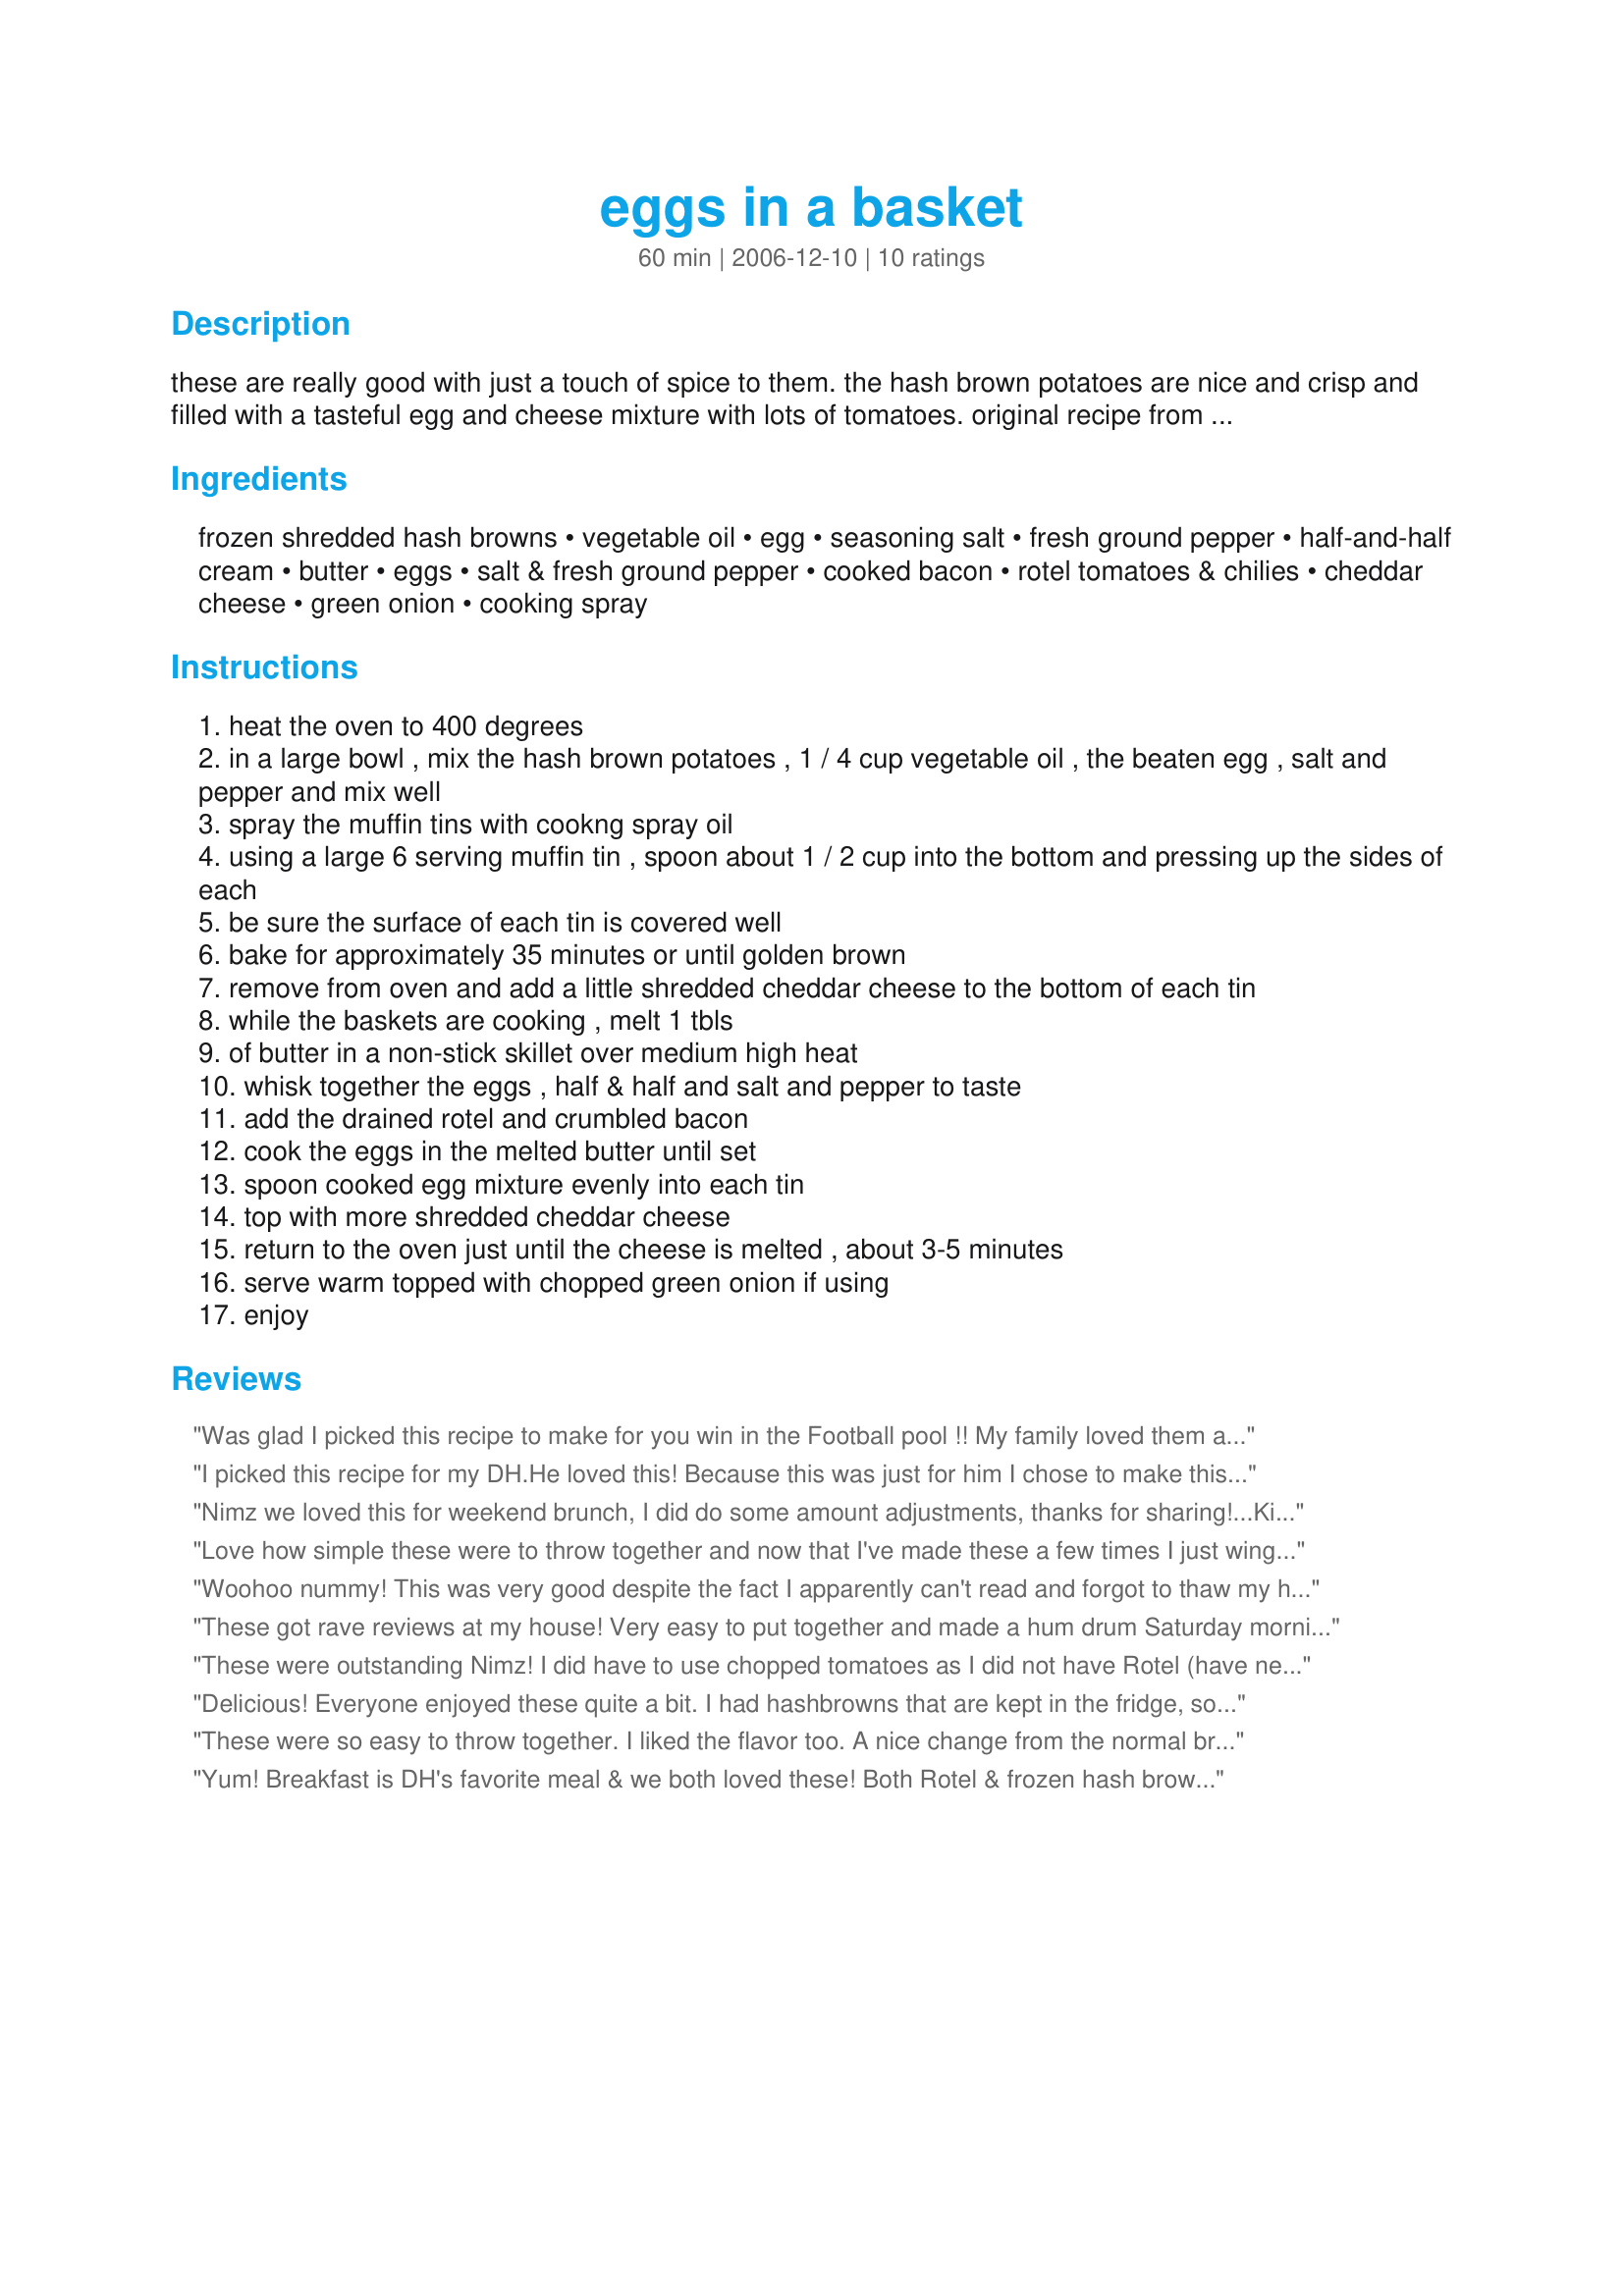
eggs in a basket
Preparation time: 60 minutes

these are really good with just a touch of spice to them. the hash brown potatoes are nice and crisp and filled with a tasteful egg and cheese mixture with lots of tomatoes. original recipe from my southern cooking book and altered to suit our taste.

Ingredients:
frozen shredded hash browns, vegetable oil, egg, seasoning salt, fresh ground pepper, half-and-half cream, butter, eggs, salt & fresh ground pepper, cooked bacon, rotel tomatoes & chilies, cheddar cheese, green onion, cooking spray

Steps:
heat the oven to 400 degrees
in a large bowl , mix the hash brown potatoes , 1 / 4 cup vegetable oil , the beaten egg , salt and pepper and mix well
spray the muffin tins with cookng spray oil
using a large 6 serving muffin tin , spoon about 1 / 2 cup into the bottom and pressing up the sides of each
be sure the surface of each tin is covered well
bake for approximately 35 minutes or until golden brown
remove from oven and add a little shredded cheddar cheese to the bottom of each tin
while the baskets are cooking , melt 1 tbls
of butter in a non-stick skillet over medium high heat
whisk together the eggs , half & half and salt and pepper to taste
add the drained rotel and crumbled bacon
cook the eggs in the melted butter until set
spoon cooked egg mixture evenly into each tin
top with more shredded cheddar cheese
return to the oven just until the cheese is melted , about 3-5 minutes
serve warm topped with chopped green onion if using
enjoy

Reviews:
Was glad I picked this recipe to make for you win in the Football pool !! My family loved them and would like me to make them Christmas morning. Eas much easier then it actually sounds as far as putting them together. I did not use green onions as I forgot to get them at the market. Congrats on your win and Thank you for sharing a recipe that made my family smile.
I picked this recipe for my DH.<br/><br/>He loved this! Because this was just for him I chose to make this dish in a small glass pyrex dish, which came out fantastic.<br/><br/>What I like about this recipe is the next time I can twist this around with useing what we have in the house.<br/><br/>He gave this recipe 7 Stars
Nimz we loved this for weekend brunch, I did do some amount adjustments, thanks for sharing!...Kitten
Love how simple these were to throw together and now that I've made these a few times I just wing it, add a little of this a little of that.That's what I love about trying new recipes, putting your own twist to them is most of the fun.
Woohoo nummy! This was very good despite the fact I apparently can't read and forgot to thaw my hashbrowns before attempting to assemble this. So I ended up cooking the hashbrowns in a little oil (mashing them down so they'd get nice and crispy) and scrambling the eggs separately, but everything was spiced per the recipe. The flavors were wonderful! I'm looking forward to cooking this again and actually following the directions this time! ;)
These got rave reviews at my house! Very easy to put together and made a hum drum Saturday morning feel pretty special! Thanks!
These were outstanding Nimz! I did have to use chopped tomatoes as I did not have Rotel (have never used them) so I spiced it up a little more with a little bit of chopped jalapeno. Great breakfast and very easy to put together. THank you, and congrats to you! :)
Delicious! Everyone enjoyed these quite a bit. I had hashbrowns that are kept in the fridge, so it made it even simpler to just pop them into the pan and into the oven. I have smaller muffin tin, so I made 12 and gave 2 out per person, which was perfect. Thanks for sharing!!
These were so easy to throw together. I liked the flavor too. A nice change from the normal breakfast casseroles. This one goes into my list of company breakfasts. Thanks for posting.
Yum! Breakfast is DH's favorite meal & we both loved these! Both Rotel & frozen hash browns are not available here, so I made my own hash browns, used chunky salsa & surprised him yesterday morning. I can only imagine how good they are w/the real stuff! I do not have lrg muffin tins, so used my trusty ramekins. DH was smiling today as he enjoyed the leftovers b4 going to work. These will definitely be repeated. Thx for sharing this recipe w/us.
